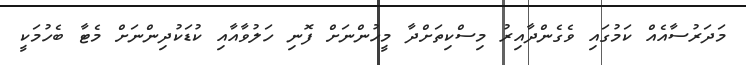
މަދަރުސާއެއް ކަމުގައި ވެގެންދާއިރު މިސްކިތަށްދާ މީހުންނަށް ފޮނި ހަލުވާއާއި ކުޑަކުދިންނަށް މެޓާ ބެހުމަކީ